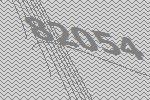
82054